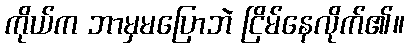
ကိုယ်က ဘာမှမပြောဘဲ ငြိမ်နေလိုက်၏။